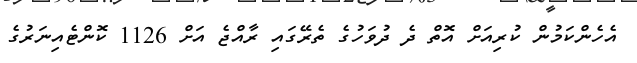
އެހެންކަމުން ކުރިއަށް އޮތް ދެ ދުވަހުގެ ތެރޭގައި ރާއްޖެ އަށް 1126 ކޮންޓެއިނަރުގެ